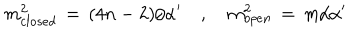
m _ { c l o s e d } ^ { 2 } \, = \, ( 4 n - 2 ) / { \alpha ^ { \prime } } \, \, \, \, \, \, , \, \, \, \, \, \, m _ { o p e n } ^ { 2 } \, = \, m / { \alpha ^ { \prime } }